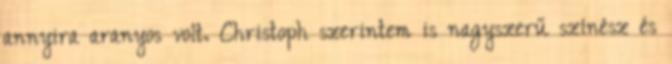
annyira aranyos volt. Christoph szerintem is nagyszerű színész és